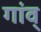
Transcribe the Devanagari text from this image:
गांव्